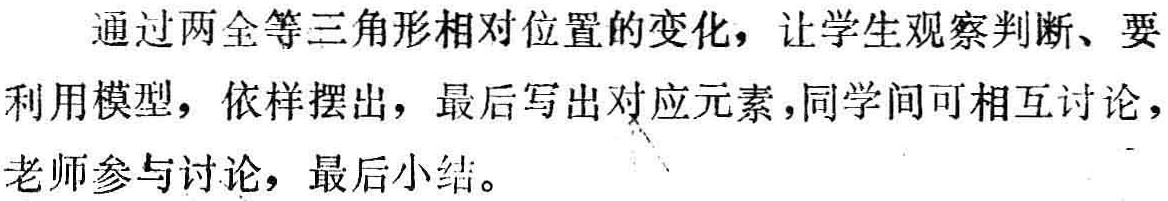
通过两全等三角形相对位置的变化，让学生观察判断、要利用模型，依样摆出，最后写出对应元素，同学间可相互讨论，老师参与讨论，最后小结。